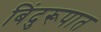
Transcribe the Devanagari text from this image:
बिंदुरूपात